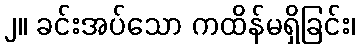
၂။ ခင်းအပ်သော ကထိန်မရှိခြင်း၊